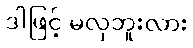
ဒါဖြင့် မလှဘူးလား